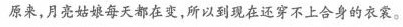
原来，月亮姑娘每天都在变，所以到现在还穿不上合身的衣裳。